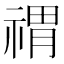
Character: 𥚷